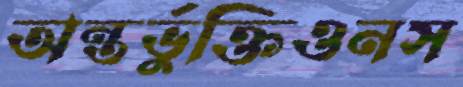
অন্তর্ভুক্তিওনস